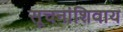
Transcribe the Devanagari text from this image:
सूचनांशिवाय